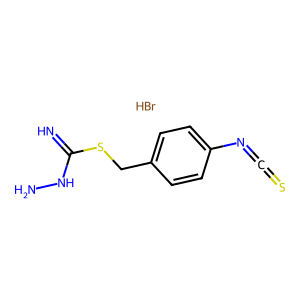
SMILES: Br.N=C(NN)SCc1ccc(N=C=S)cc1
Inhibits HIV replication: No